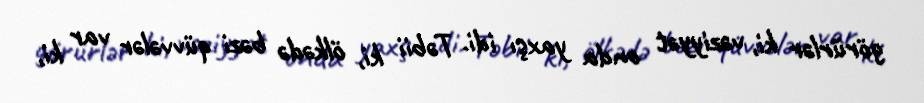
görürlər ki, vəziyyət onda yaxşı idi. Təbii ki, ölkədə bəzi qüvvələr var ki,